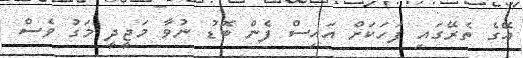
އޭގެ ތެރޭގައި ފަހަކަށް އައިސް ފެން ބޮޑު ނުވާ މަޖީދީ މަގު ވެސް